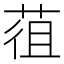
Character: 䓚